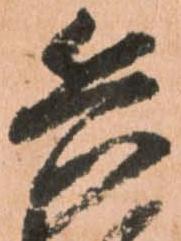
兵